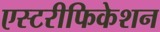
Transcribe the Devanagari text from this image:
एस्टरीफिकेशन